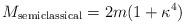
LaTeX: \begin{align*}M_{\rm semiclassical} = 2m(1 + \kappa^4 )\end{align*}